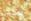
مايبي